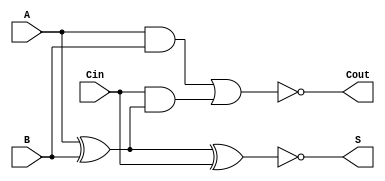
module negative_circuit_full_adder (
    input  wire A,     // First binary input
    input  wire B,     // Second binary input
    input  wire Cin,   // Carry-in input
    output wire S,     // Sum output
    output wire Cout   // Carry-out output
);

    // Inverted inputs
    wire An, Bn, Cin_n;
    assign An = ~A; // Inverted A
    assign Bn = ~B; // Inverted B
    assign Cin_n = ~Cin; // Inverted Cin

    // Sum output in negative logic
    // S = A  B  Cin -> S' = (A  B  Cin)'
    wire temp_sum;
    assign temp_sum = A ^ B ^ Cin; // Normal sum output
    assign S = ~temp_sum; // Inverted sum output

    // Carry-out output in negative logic
    // Cout = (A  B) + (Cin  (A  B)) -> Cout' = (A  B)'  (Cin  (A  B))'
    wire AB, A_XOR_B;
    assign AB = A & B; // AND gate for A and B
    assign A_XOR_B = A ^ B; // Normal XOR output
    
    wire C1, C2;
    assign C1 = Cin & A_XOR_B; // AND gate for Cin and (A  B)
    
    // Cout = (A  B) + (Cin  (A  B))
    assign Cout = ~(AB | C1); // Inverted carry-out using OR gate

endmodule